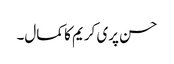
حسن پری کریم کا کمال۔